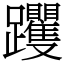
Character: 躩